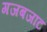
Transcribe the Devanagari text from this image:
गजबजाट